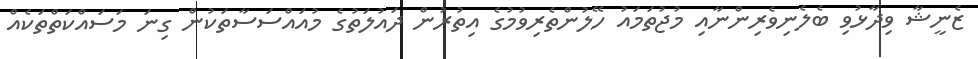
ޒެނީޝާ ވިދާޅުވި ބެލެނިވެރިންނާއި މުޖުތަމައު ހޭލުންތެރިވުމުގެ އިތުރުން ދައުލަތުގެ މުއައްސަސާތަކުން ގިނަ މަސައްކަތްތަކެއް